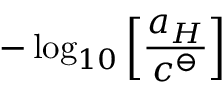
- \log _ { 1 0 } \left[ \frac { a _ { H } } { c ^ { \ominus } } \right]